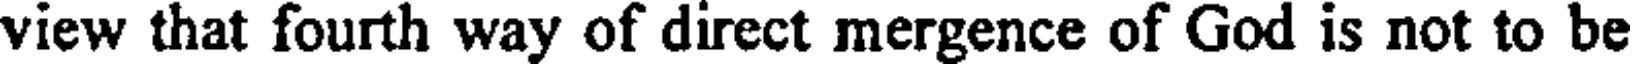
view that fourth way of direct mergence of God is not to be